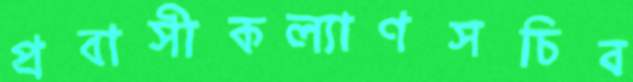
প্রবাসীকল্যাণসচিব